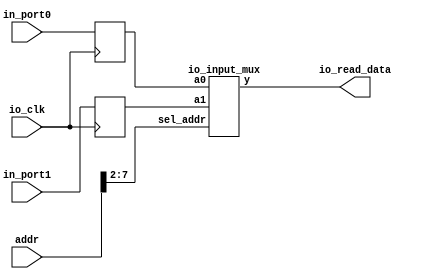
module io_input_reg (addr,io_clk,io_read_data,in_port0,in_port1);
	input [31:0] addr;
	input io_clk;
	input [31:0] in_port0,in_port1;
	output [31:0] io_read_data;
	reg [31:0] in_reg0; // input port0
	reg [31:0] in_reg1; // input port1
	io_input_mux io_imput_mux2x32(in_reg0,in_reg1,addr[7:2],io_read_data);
	always @(posedge io_clk)
		begin
			in_reg0 <= in_port0; //  io_clk 
			in_reg1 <= in_port1; //  io_clk 
			// more ports
		end
endmodule
module io_input_mux(a0,a1,sel_addr,y);
	input [31:0] a0,a1;
	input [ 5:0] sel_addr;
	output [31:0] y;
	reg [31:0] y;
	always @ * 
		case (sel_addr)
			6'b110000: y = a0; //c0
			6'b110001: y = a1; //c4
			// more ports
		endcase
endmodule